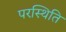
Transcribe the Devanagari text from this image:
परस्थिति